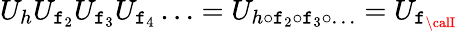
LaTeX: U_{h}U_{\mathtt{f}_{2}}U_{\mathtt{f}_{3}}U_{\mathtt{f}_{4}}\ldots=U_{h\circ\mathtt{f}_{2}\circ\mathtt{f}_{3}\circ\ldots}=U_{\mathtt{f}_{\calI}}